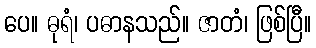
ပေ။ ဓုရံ၊ ပဓာနသည်။ ဇာတံ၊ ဖြစ်ပြီ။